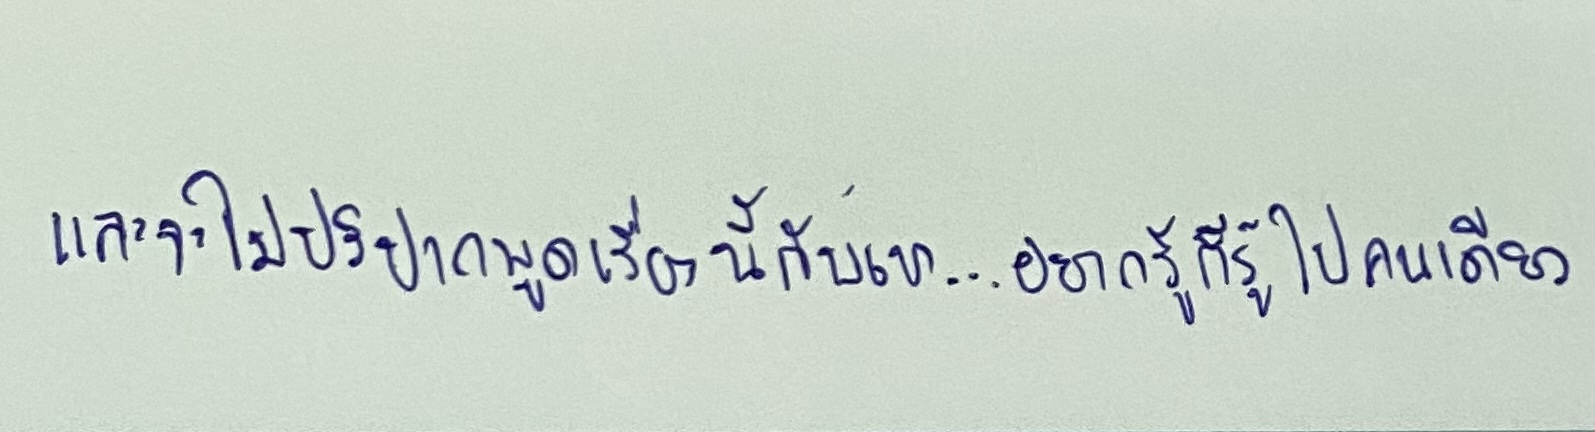
และจะไม่ปริปากพูดเรื่องนี้กับเขา...อยากรู้ก็รู้ไปคนเดียว